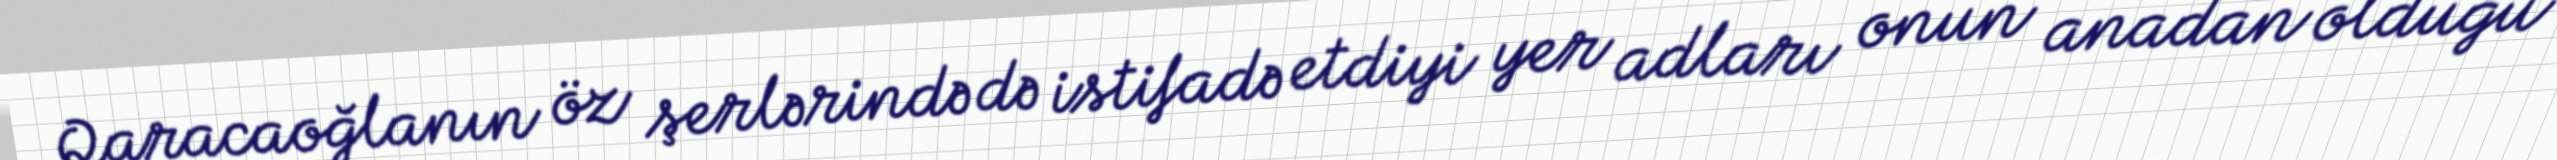
Qaracaoğlanın öz şerlərində də istifadə etdiyi yer adları onun anadan olduğu